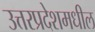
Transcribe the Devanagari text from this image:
उत्तरप्रदेशमधील